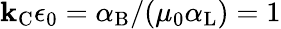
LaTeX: \mathbf{k}_{\mathrm{{{C}}}}\epsilon_{0}=\alpha_{\mathrm{{{B}}}}/(\mu_{0}\alpha_{\mathrm{{{L}}}})=1